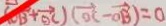
( O B + \overrightarrow { O C } ) ( \overrightarrow { O C } - \overrightarrow { O B } ) = 0